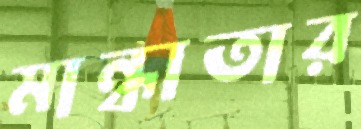
মান্ধাতার